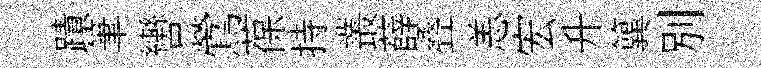
蹟筆轡鶯葆持叢薛叠恙宏升簨別